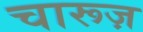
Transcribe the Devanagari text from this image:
चारूज़